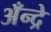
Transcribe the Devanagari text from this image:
अँन्द्रे